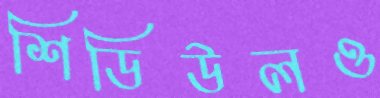
শিডিউলও